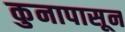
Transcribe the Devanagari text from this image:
कुनापासून